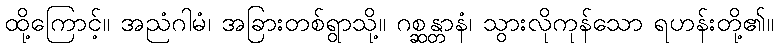
ထို့ကြောင့်။ အညံဂါမံ၊ အခြားတစ်ရွာသို့။ ဂစ္ဆန္တာနံ၊ သွားလိုကုန်သော ရဟန်းတို့၏။